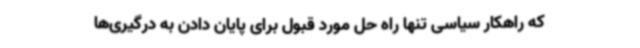
که راهکار سیاسی تنها راه حل مورد قبول برای پایان دادن به درگیری‌ها